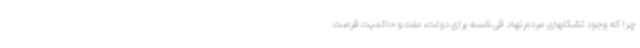
چرا که وجود تشکلهای مردم نهاد فی نفسه برای دولت، ملت و حاکمیت فرصت